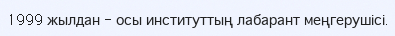
1999 жылдан - осы институттың лабарант меңгерушісі.